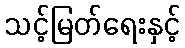
သင့်မြတ်ရေးနှင့်